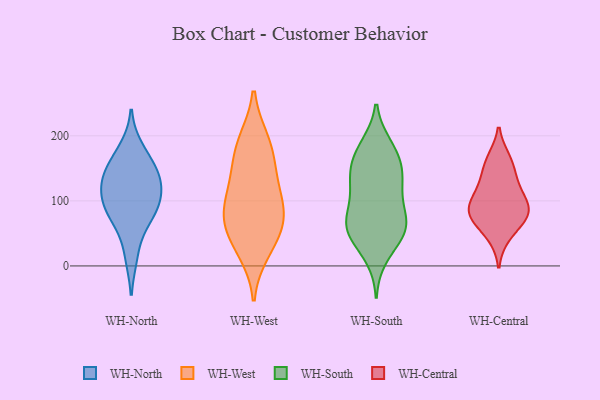
{"axis": {"x": "Production Output", "y": "Value"}, "legend": ["WH-Central", "WH-North", "WH-South", "WH-West"], "data": [{"x": "", "y": 80, "type": "WH-North"}, {"x": "", "y": 146, "type": "WH-North"}, {"x": "", "y": 110, "type": "WH-North"}, {"x": "", "y": 107, "type": "WH-North"}, {"x": "", "y": 156, "type": "WH-North"}, {"x": "", "y": 127, "type": "WH-North"}, {"x": "", "y": 71, "type": "WH-North"}, {"x": "", "y": 86, "type": "WH-North"}, {"x": "", "y": 16, "type": "WH-North"}, {"x": "", "y": 136, "type": "WH-North"}, {"x": "", "y": 180, "type": "WH-North"}, {"x": "", "y": 150, "type": "WH-West"}, {"x": "", "y": 131, "type": "WH-West"}, {"x": "", "y": 88, "type": "WH-West"}, {"x": "", "y": 185, "type": "WH-West"}, {"x": "", "y": 24, "type": "WH-West"}, {"x": "", "y": 86, "type": "WH-West"}, {"x": "", "y": 57, "type": "WH-West"}, {"x": "", "y": 45, "type": "WH-West"}, {"x": "", "y": 89, "type": "WH-West"}, {"x": "", "y": 191, "type": "WH-West"}, {"x": "", "y": 101, "type": "WH-South"}, {"x": "", "y": 69, "type": "WH-South"}, {"x": "", "y": 119, "type": "WH-South"}, {"x": "", "y": 74, "type": "WH-South"}, {"x": "", "y": 53, "type": "WH-South"}, {"x": "", "y": 143, "type": "WH-South"}, {"x": "", "y": 136, "type": "WH-South"}, {"x": "", "y": 13, "type": "WH-South"}, {"x": "", "y": 184, "type": "WH-South"}, {"x": "", "y": 98, "type": "WH-South"}, {"x": "", "y": 32, "type": "WH-South"}, {"x": "", "y": 176, "type": "WH-South"}, {"x": "", "y": 161, "type": "WH-South"}, {"x": "", "y": 134, "type": "WH-South"}, {"x": "", "y": 57, "type": "WH-South"}, {"x": "", "y": 63, "type": "WH-South"}, {"x": "", "y": 58, "type": "WH-South"}, {"x": "", "y": 147, "type": "WH-South"}, {"x": "", "y": 186, "type": "WH-South"}, {"x": "", "y": 53, "type": "WH-South"}, {"x": "", "y": 75, "type": "WH-Central"}, {"x": "", "y": 118, "type": "WH-Central"}, {"x": "", "y": 89, "type": "WH-Central"}, {"x": "", "y": 88, "type": "WH-Central"}, {"x": "", "y": 125, "type": "WH-Central"}, {"x": "", "y": 163, "type": "WH-Central"}, {"x": "", "y": 155, "type": "WH-Central"}, {"x": "", "y": 47, "type": "WH-Central"}, {"x": "", "y": 88, "type": "WH-Central"}, {"x": "", "y": 74, "type": "WH-Central"}]}